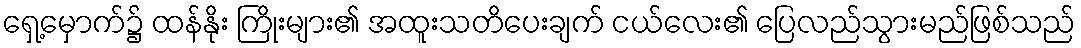
ရှေ့မှောက်၌ ထန်နိုး ကြိုးများ၏ အထူးသတိပေးချက် ငယ်လေး၏ ပြေလည်သွားမည်ဖြစ်သည်